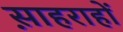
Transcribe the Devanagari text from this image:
स़ाहराहों